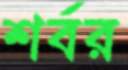
শর্বর